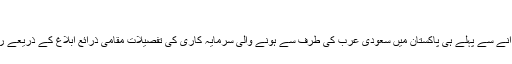
‘
سعودی ولی عہد کے آنے سے پہلے ہی پاکستان میں سعودی عرب کی طرف سے ہونے والی سرمایہ کاری کی تفصیلات مقامی ذرائع ابلاغ کے ذریعے روزانہ دی جارہی ہیں۔